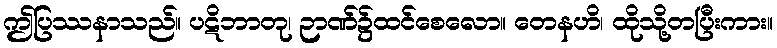
ဤပြဿနာသည်။ ပဋိဘာတု၊ ဉာဏ်၌ထင်စေလော။ တေနဟိ၊ ထိုသို့တပြီးကား။